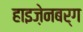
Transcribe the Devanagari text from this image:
हाइज़ेनबर्ग